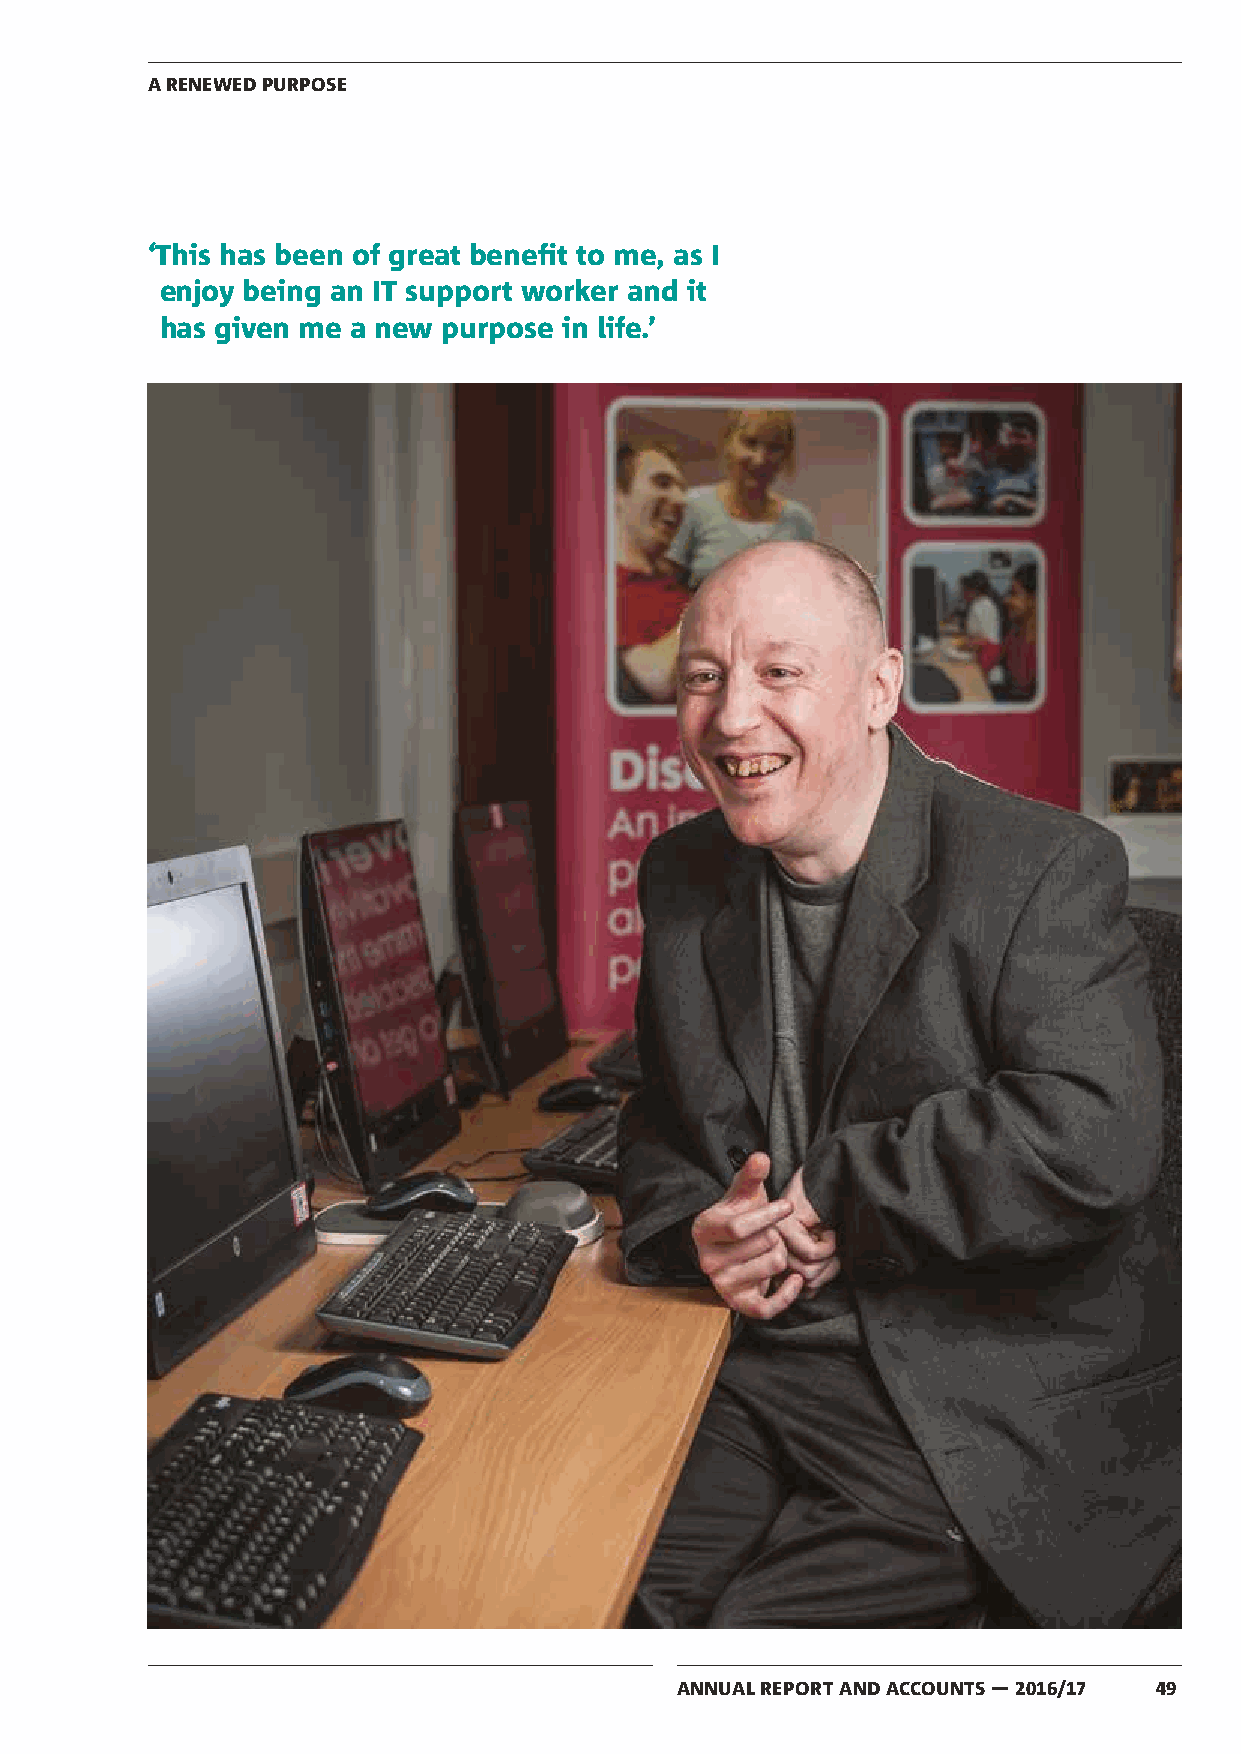
A RENEWED PURPOSE
 ‘This has been of great benefit to me, as I
 enjoy being an IT support worker and it
 has given me a new purpose in life.’
 ANNUAL REPORT AND ACCOUNTS — 2016/17 49